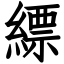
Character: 縹